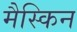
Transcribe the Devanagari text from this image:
मैस्किन